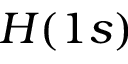
H ( 1 s )